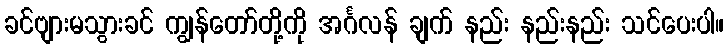
ခင်ဗျားမသွားခင် ကျွန်တော်တို့ကို အင်္ဂလန် ချက် နည်း နည်းနည်း သင်ပေးပါ။